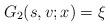
LaTeX: \begin{align*}G_2(s,v;x)=\xi\end{align*}